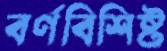
বর্ণবিশিষ্ট